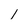
Character: 1